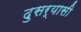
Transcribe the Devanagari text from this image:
दुसर्यासी